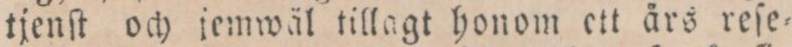
tjenſt och jemwäl tillagt honom ett ärs reſe=